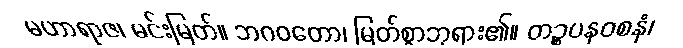
မဟာရာဇ၊ မင်းမြတ်။ ဘဂဝတော၊ မြတ်စွာဘုရား၏။ တဉ္စပနဝစနံ၊